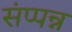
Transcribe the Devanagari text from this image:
संप्पन्न